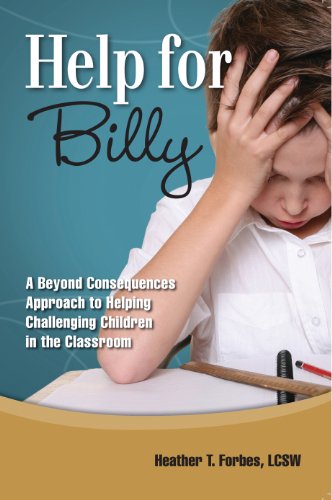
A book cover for Help for Billy: A Beyond Consequences Approach to Helping Challenging Children in the Classroom; Heather T. Forbes; Education & Teaching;